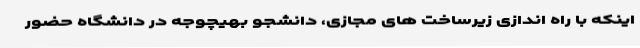
اینکه با راه اندازی زیرساخت های مجازی، دانشجو بهیچوجه در دانشگاه حضور